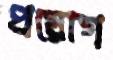
প্রয়োগ